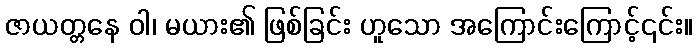
ဇာယတ္တနေ ဝါ၊ မယား၏ ဖြစ်ခြင်း ဟူသော အကြောင်းကြောင့်၎င်း။